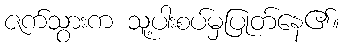
ဇက်သွားက သူ့ပါးစပ်မှပြုတ်နေ၏။